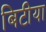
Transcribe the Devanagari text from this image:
बिटीया